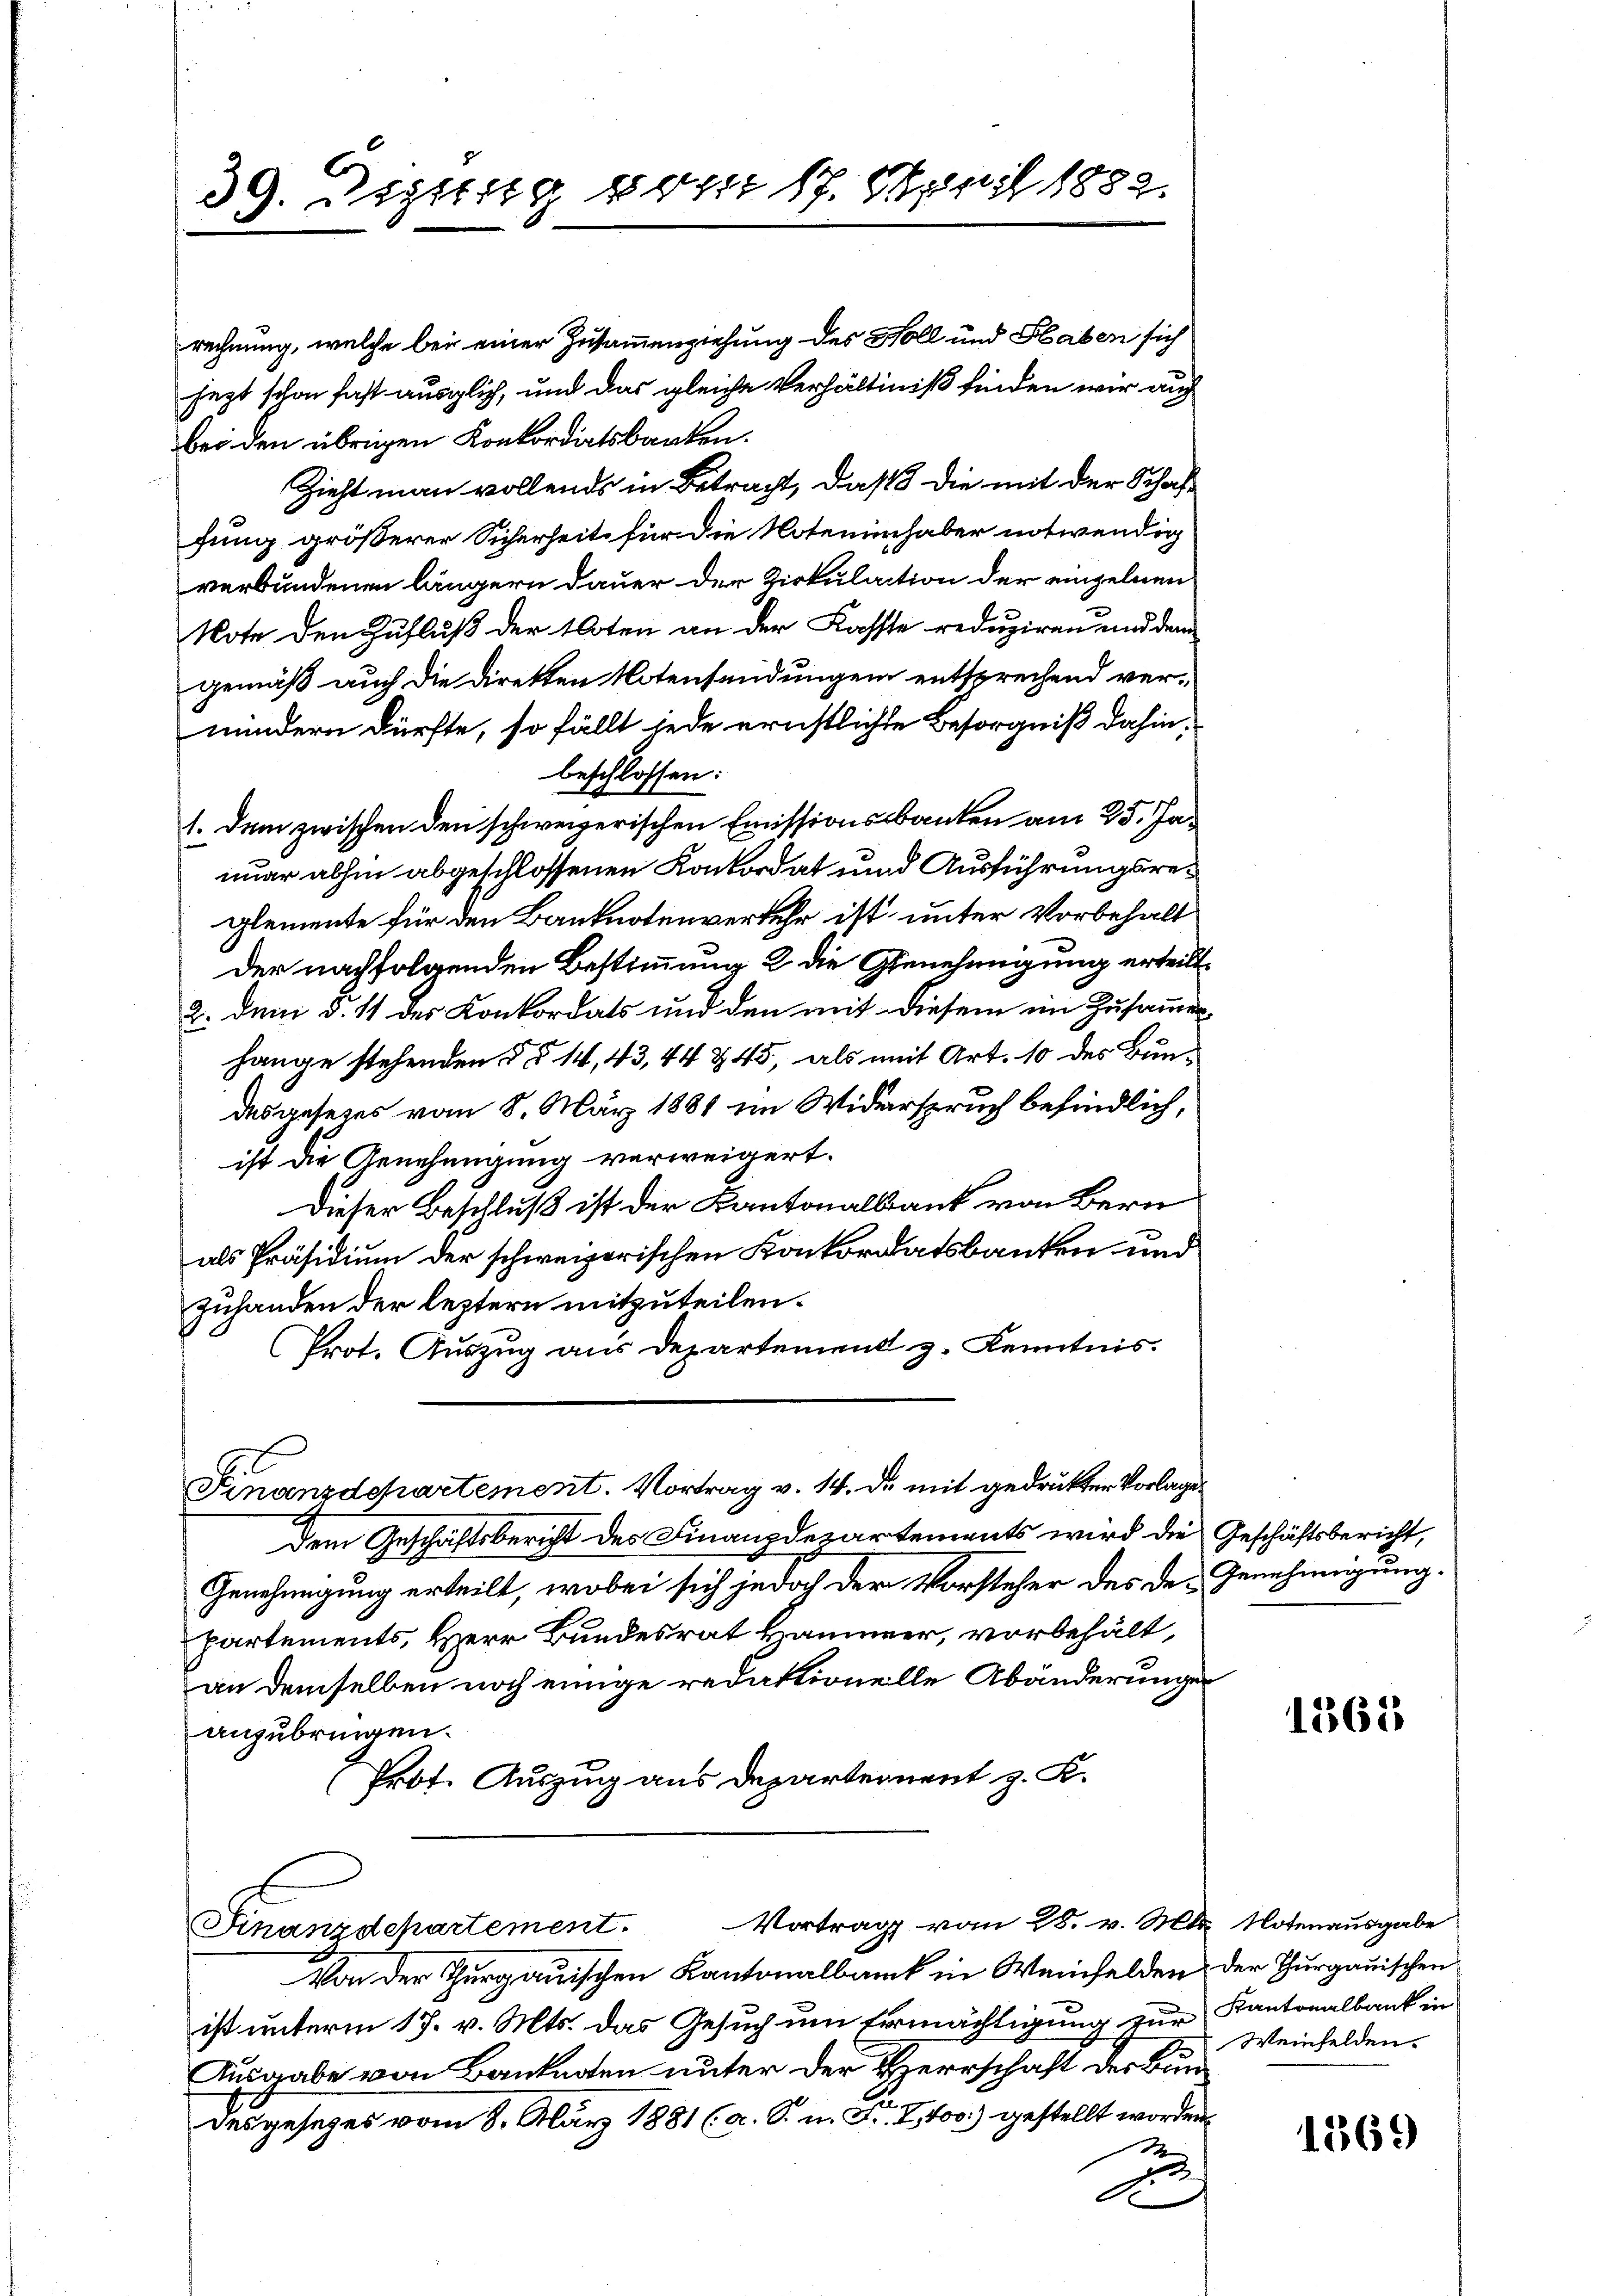
39. Destig 100M 17. Maril 1882.
8

rechnung, welche bei einer Zusammenziehung des Holl und Slaben sich
jezt schon fast ausglich, und das gleiche Verhältniß finden wir auch
bei den übrigen Konkordirtsbanken.
Zieht man vollends in Betragt, daß die mit der Schaffung größerer Sicherheit für die Noteninhaber notwendig
verbundenen längern Dauer der Zirkulation der einzelnen
Note den Zufluß der Kloten an der Kasste reduziren und dem
gemäß auch die Direkten Notensendungen entsprechend vermindern dürfte, so fällt jede ernstlichte Besorgniß dahin.
beschlossen:
1. Dem zwischen den schweizerischen Emissionsbanken am 25. Januar abhin abgeschlossenen Konkordat und Ausführungsreglemente für den Banknotenverkehr ist unter Vorbehalt
Der nachfolgenden Bestimmung 2 die Genehmigung erteilt.
2. dem §. 11 der Konkordats und den mit diesem im Zusammenhange stehenden §§ 14, 43, 44 § 45, als mit Art. 10 des Bundas gesezes vom 8. März 1881 im Widerspruch befindlich,
ist die Genehmigung verweigert.
Dieser Beschluß ist der Kantonalbank von Bern
als Präsidium der schweizerischen Konkordatsbanken und
zuhanden der leztern mitzuteilen.
Prot. Auszug aus Departement z. Kenntnis.

Finanzdepartement. Vortrag v. 14. de mit gedruckter Vorlage

Dem Geschäftsbericht des Finanzdepartements wird die Geschäftsbericht,
Genehmigung erteilt, wobei sich jedoch der Vorsteher des de Genehmigung.
partements, Herr Bundesrat Hammer, vorbehält,
an demselben noch einige redaktionelle Abänderungen
anzubringen.
Prof. Auszug aus Departement z. K.

Finanzdchartement. Vortrag vom 25. v. Mts. Notenausgabe

Von der Thurgauischen Kantonalbank in Weinfelden der Thurgauischen
ist unterm 17. v. Mts. das Gesuch um Ermächtigung zur Kantonalbank in
Ausgabe von Banknoten unter der Herrschaft der Bun
desgesetzes vom 8. März 1881 (a. S. u. Fr. 2100) gestellt worden.
2
Ex

1363

Weinfelden.

1369